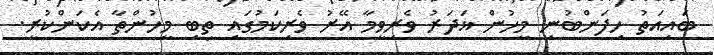
ބައިއަތު ހިފަންބުނި މީހުން ޣަދަރު ވެރިވީމާ އޭރު ވެރިކަމުގައި ތިބި މީހުންތާ އެކަންކުރީ.